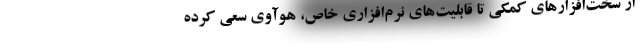
از سخت‌افزارهای کمکی تا قابلیت‌های نرم‌افزاری خاص، هوآوی سعی کرده